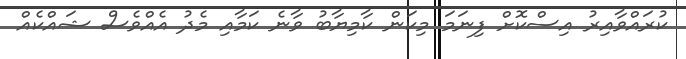
ކުރައްވާއިރު އިސްކޮށް ފިނަމަ މިކަން ކާމިޔާބު ވާނެ ކަމާއި މެދު އެއްވެސް ޝައްކެއް